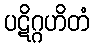
ပဋိဂ္ဂဟိတံ